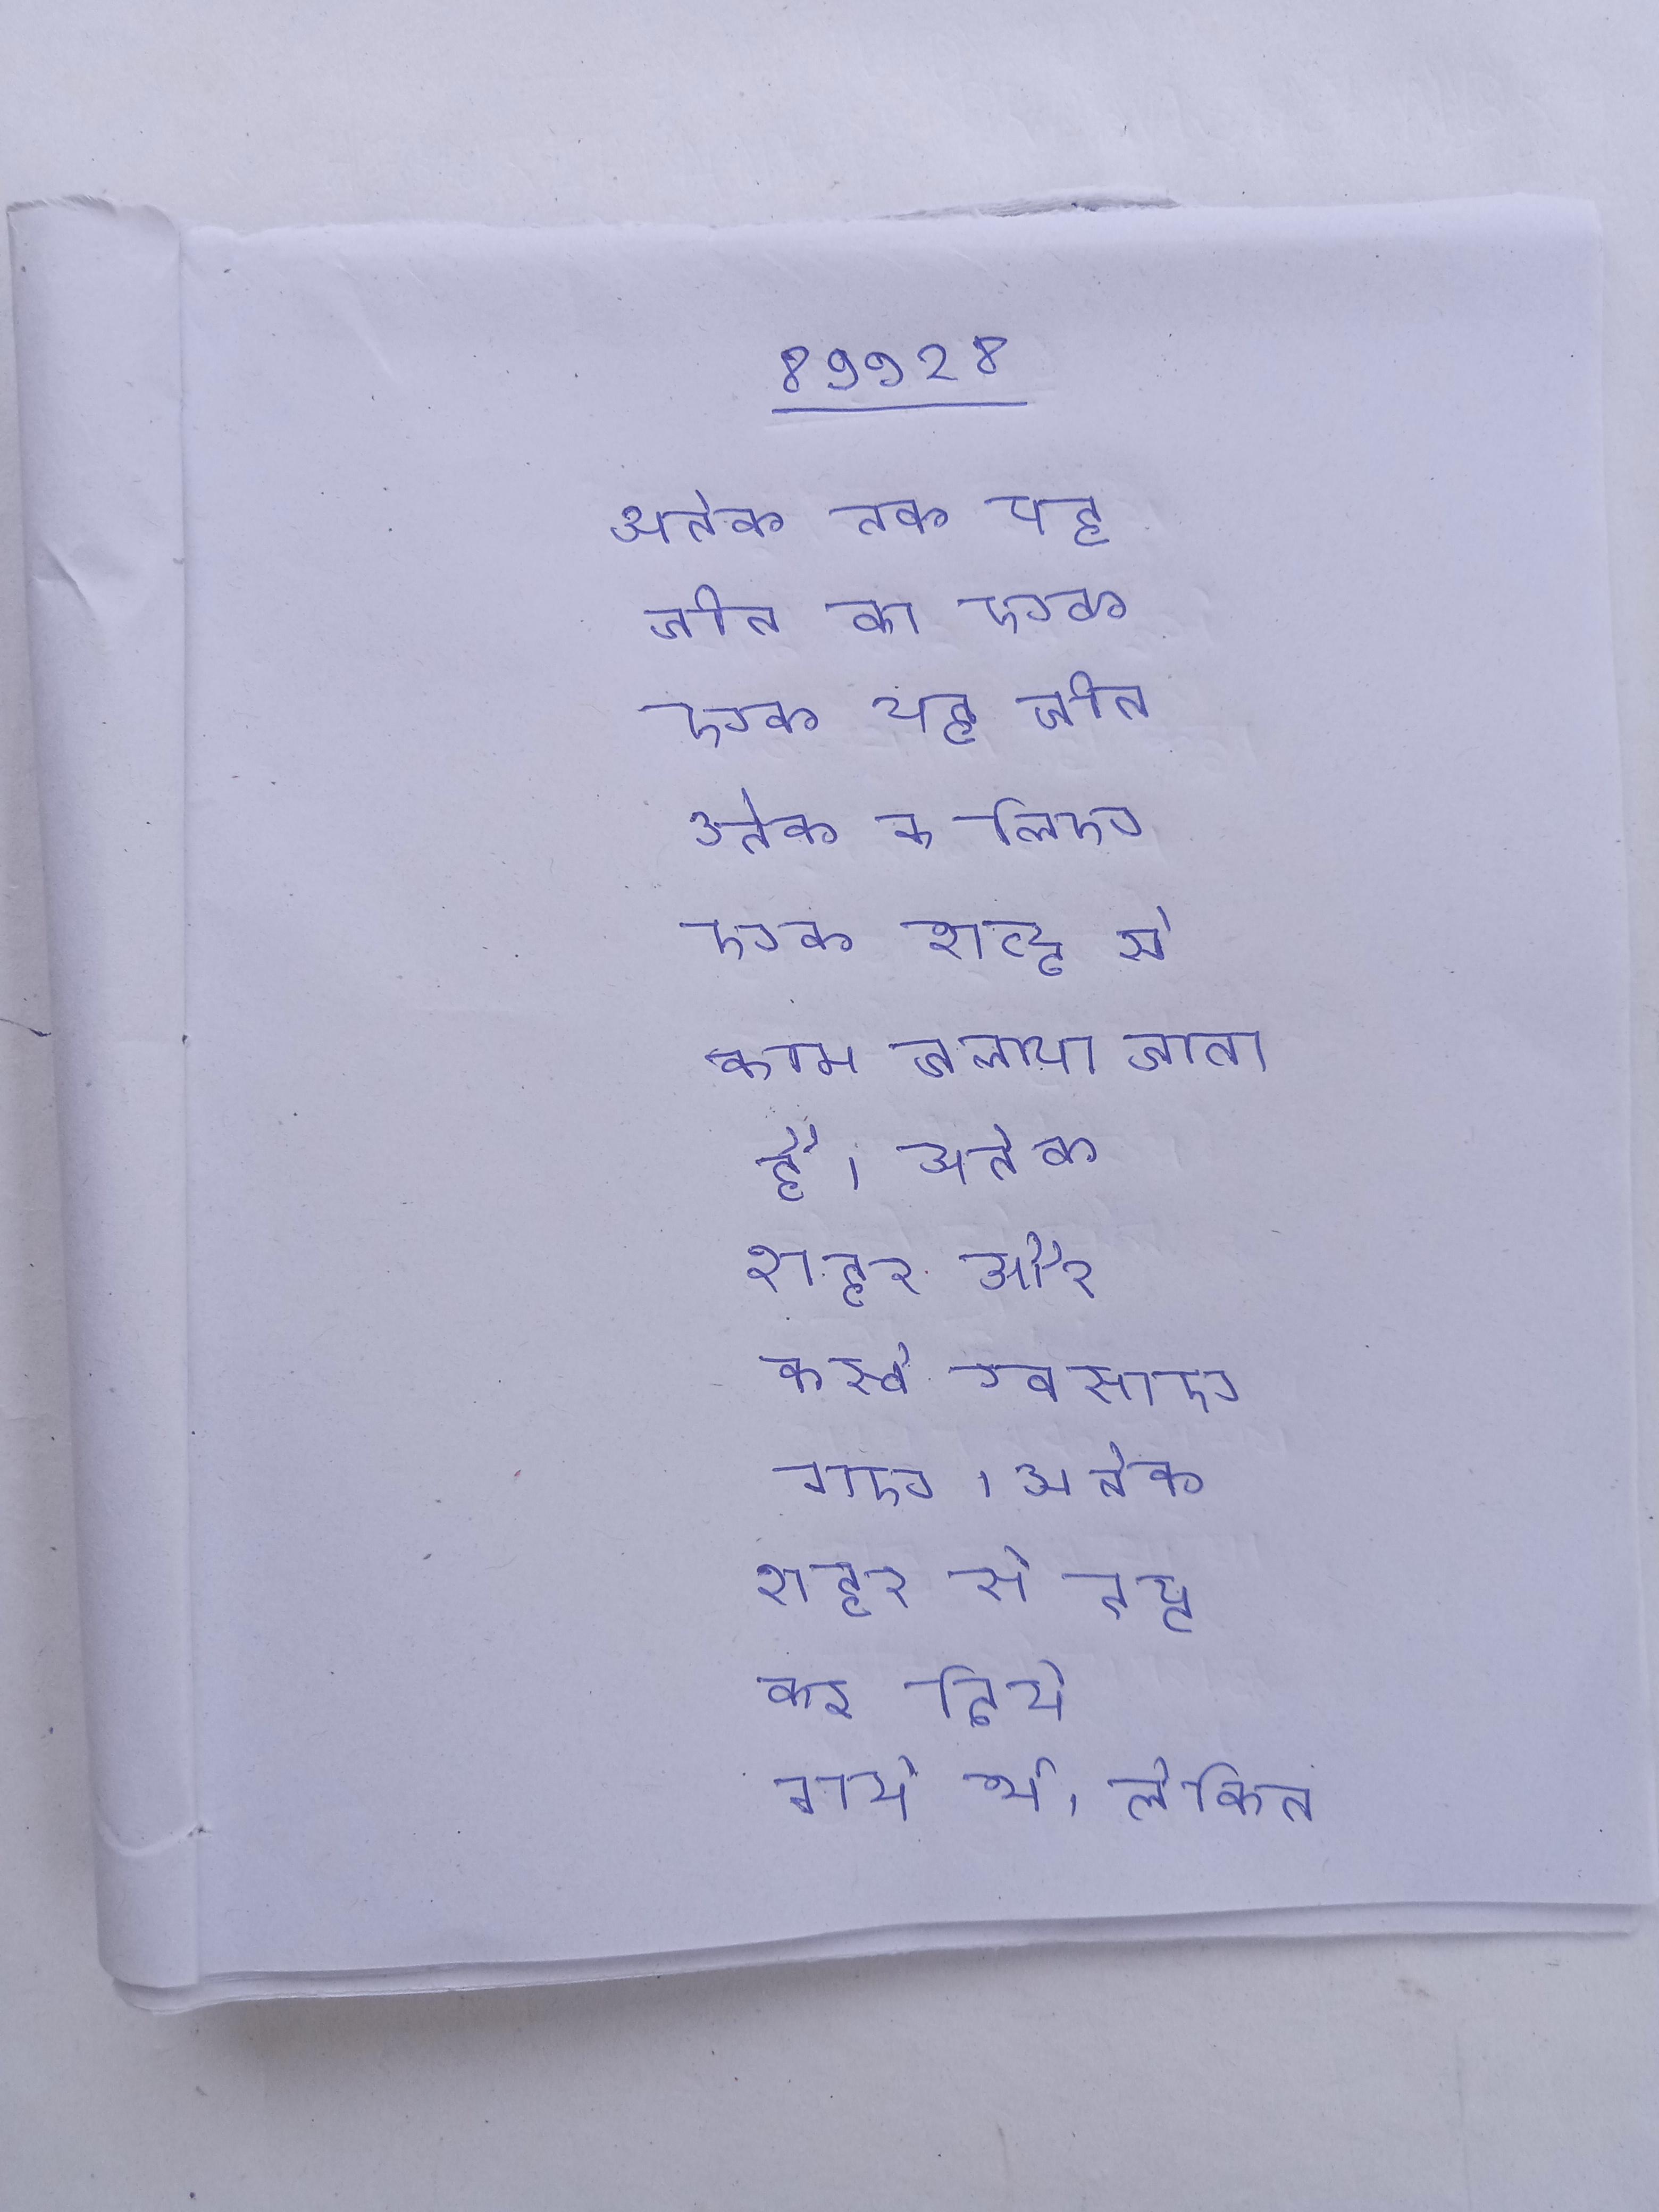
अनेक तक यह चीन का एक राज्य समझा जाता था । अनेक के लिए एक शब्द से काम चलाया जाता है । अनेक शहर और कस्बे बसाए गए । अनेक शहर से नष्ट कर दिये गये थे, लेकिन यह स्पष्ट है कि होमर का ट्रॉय कौन सा था ।